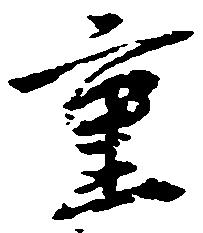
重